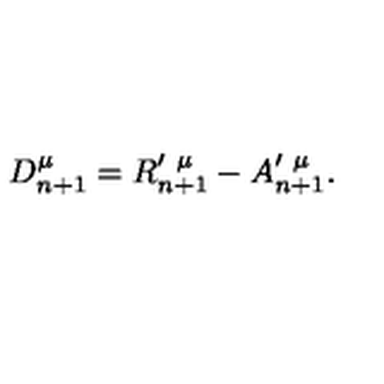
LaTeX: D _ { n + 1 } ^ { \mu } = R _ { n + 1 } ^ { \prime \ \mu } - A _ { n + 1 } ^ { \prime \ \mu } .